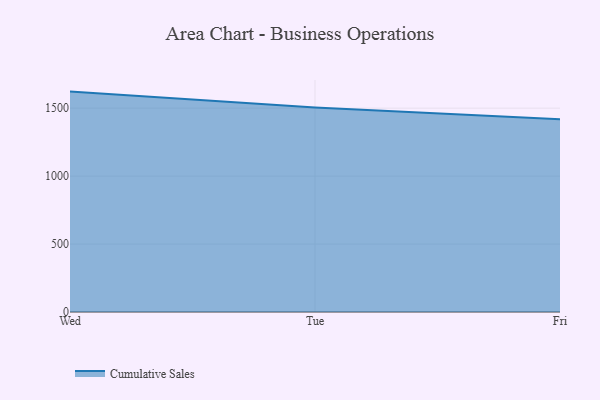
{"axis": {"x": "Day", "y": "Shipments"}, "legend": ["Cumulative Sales"], "data": [{"x": "Wed", "y": 1621.9, "type": "Cumulative Sales"}, {"x": "Tue", "y": 1504.1, "type": "Cumulative Sales"}, {"x": "Fri", "y": 1418.1, "type": "Cumulative Sales"}]}